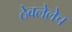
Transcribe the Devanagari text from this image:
ठेवलेलेच